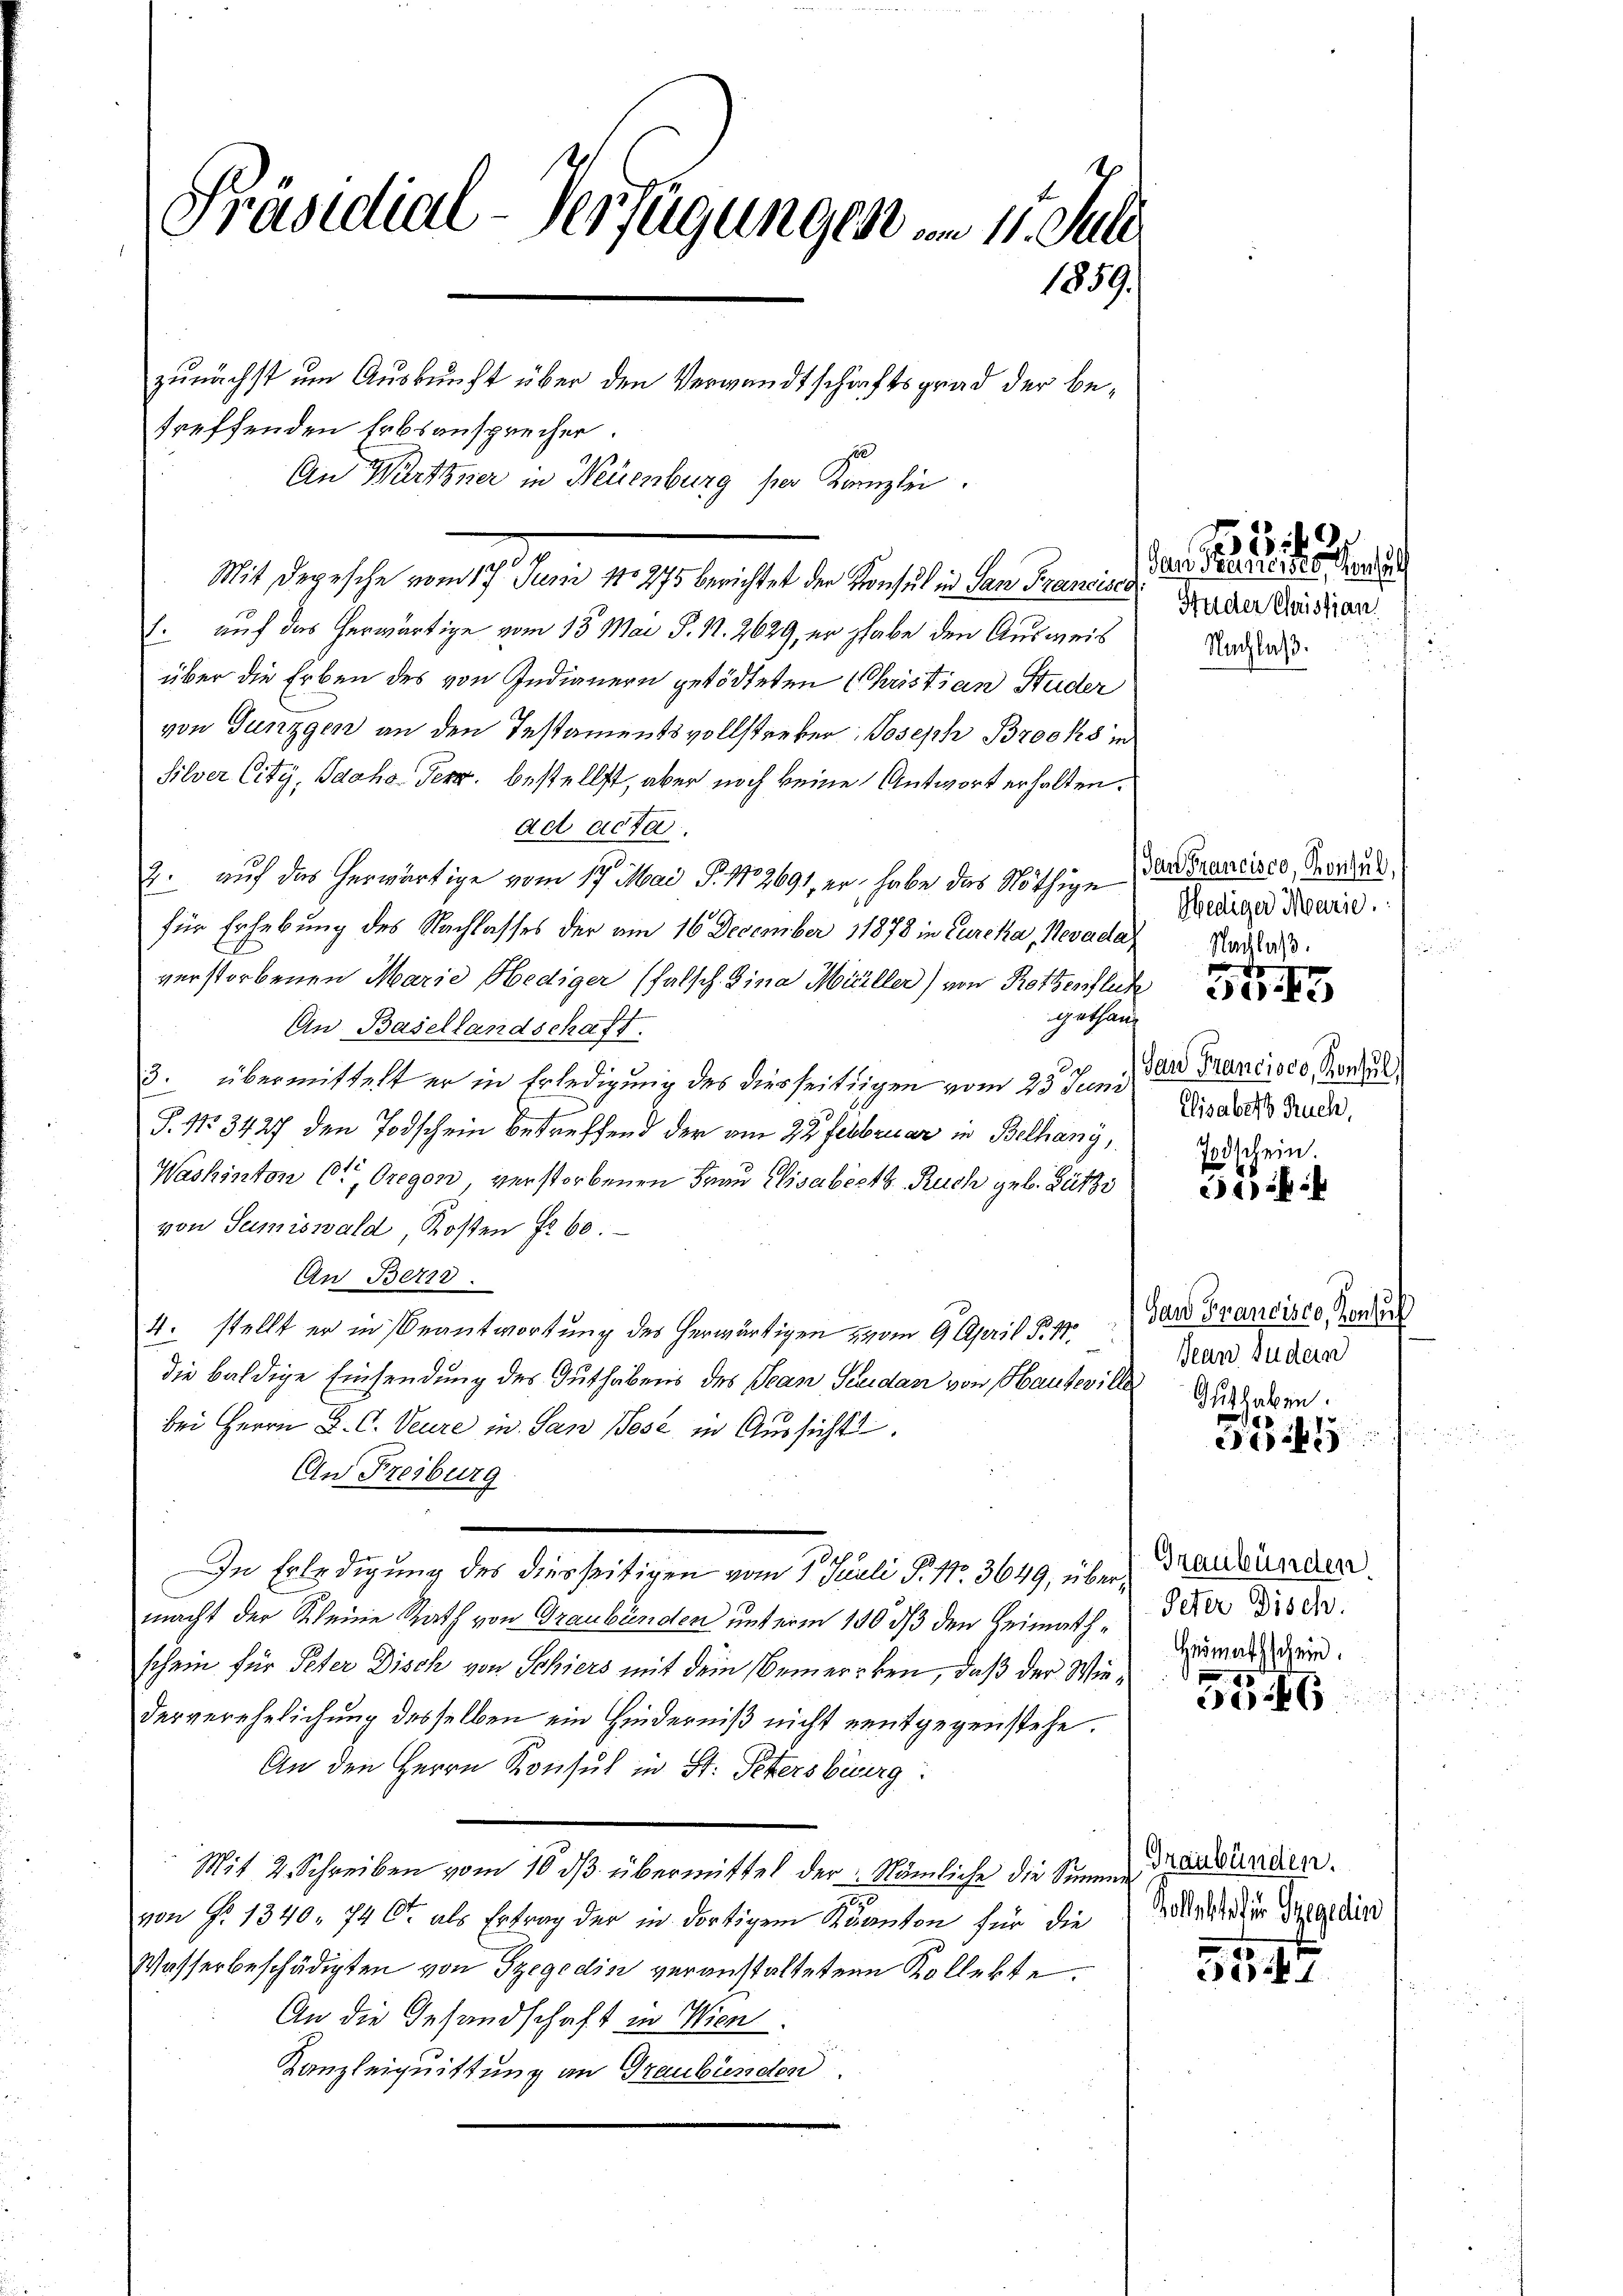
Präsidial-Verfügungen am 11. Juli
1859.

treffenden Erbsansprecher
An Würtzner in Neuenburg ser Kanzlei.
e
Mit Depesche vom 17. Juni 180275 berichtet der Konsul in San Francisci
. auf das herwärtige vom 15. Mai d. 17. 2629, er habe den Ausweis
über die Erben des von Indianern getödteten Christian Studer
von Junggen an den Testamentsvollstreker Joseph Brocks in
Silver City, Sache Terr. bestellt, aber noch keine Antwort erhalten.
ad acta.
2. auf das herwärtige vom 17. Mai S. 112691, er habe das Nöthige Panderancisco, Traus
für Erhebung des Nachlasses der am 16 December 11878 in Curcka, Nevada
verstorbenen Marie Hediger (falsch. Zina Müller) von Rotzenflich
gethan
An Basellandschaft.
3. übermittelt er in Erledigung des diesseitigen vom 25. Juni
T. No 3427 den Todschein betreffend der am 22 Februar in Bethany,
Washinton 6t Oregen verstorbenen Frau Elisabeth Ruch geb. Bützi
von Samiswald, Kosten Fr. 60.
An Beri
4. stellt er in Beantwortung des herwärtigen vom 9. April d. 17
die baldige Einsendung des Guthabens des Jean Feudan von Hauseville
bei Herrn D. C. Veure in San Pest in Aussicht
An Freiburg
In Erledigung des diesseitigen vom 1. Juli P. Nr. 3649, über Graubünder
macht der Kleine Rath von Graubünden unterm 140 ds den Heimathschein für Peter Disch von Schiers mit dem Bemercken, daß der Wiederverehelichung desselben ein Hinderniß nicht entgegenstehe.
An den Herrn Konsul in St. Petersburg
Mit 2. Schreiben vom 10. dβ übermittel der Nämliche die Summe
.
von Fr. 1340. 746 als Ertrag der in dortigem Kanton für die
Wasserbeschädigten von Szegedin veranstalteten Kollekte.
An die Gesandschaft in Wien
Kanzleiquittung an Graubünden.

zunächst um Auskunft über den Verwandtschaftsgrad der be¬

Huder Christian
Nachlaß.

149
San Kuriertes, Gesuch

Hediger Marie.
Nachlaß.
d

S

San Francisco, Konsul
Elisabett Buch,
Todschein.

54

San Francisco, Konsul
Jean Fudern
Guthaben.

d
o

Peter Disch.
Heimathschein.

55. 46

Graubünden.
hollekte der Szegedin

51545